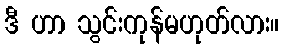
ဒီ ဟာ သွင်းကုန်မဟုတ်လား။